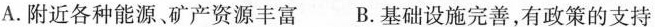
A.附近各种能源、矿产资源丰富B.基础设施完善，有政策的支持